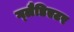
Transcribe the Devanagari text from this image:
ग्‍लैडिएटर